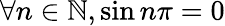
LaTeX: \forall n\in\mathbb{N},\sin n\pi=0